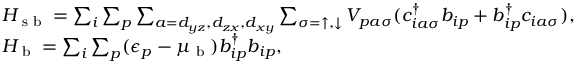
\begin{array} { r l } & { H _ { \textrm { s b } } = \sum _ { i } \sum _ { p } \sum _ { a = d _ { y z } , d _ { z x } , d _ { x y } } \sum _ { \sigma = \uparrow , \downarrow } V _ { p a \sigma } ( c _ { i a \sigma } ^ { \dagger } b _ { i p } + b _ { i p } ^ { \dagger } c _ { i a \sigma } ) , } \\ & { H _ { \textrm { b } } = \sum _ { i } \sum _ { p } ( \epsilon _ { p } - \mu _ { \textrm { b } } ) b _ { i p } ^ { \dagger } b _ { i p } , } \end{array}